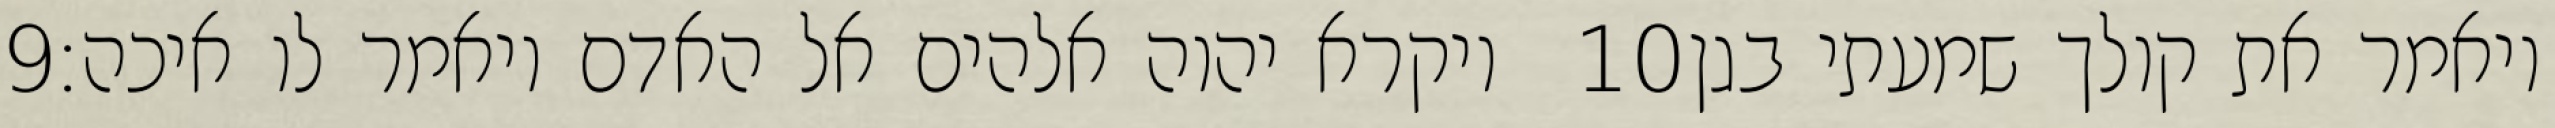
‎9‏ ויקרא יהוה אלהים אל האדם ויאמר לו איכה׃ ‎10‏ ויאמר את קולך שמעתי בגן